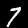
Label: 7